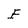
Character: E